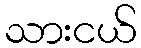
သားငယ်